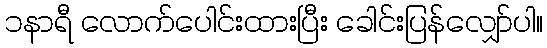
၁နာရီ လောက်ပေါင်းထားပြီး ခေါင်းပြန်လျှော်ပါ။